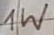
Text: 1W